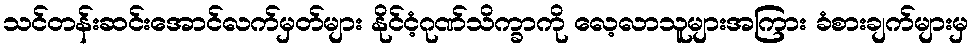
သင်တန်းဆင်းအောင်လက်မှတ်များ နိုင်ငံ့ဂုဏ်သိက္ခာကို လေ့လာသူများအကြား ခံစားချက်များမှ